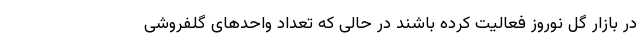
در بازار گل نوروز فعالیت کرده باشند در حالی که تعداد واحدهای گلفروشی